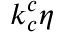
k _ { c } ^ { c } \eta